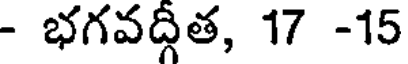
- భగవద్గీత, 17 -15